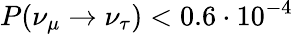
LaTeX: P(\nu_{\mu}\rightarrow\nu_{\tau})<0.6\cdot 10^{-4}